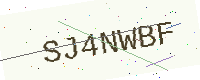
Text: SJ4NWBF